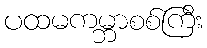
ပထမကမ္ဘာစစ်ကြီး